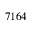
7 1 6 4